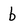
Character: b